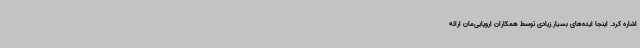
اشاره کرد. اینجا ایده‌های بسیار زیادی توسط همکاران اروپایی‌مان ارائه